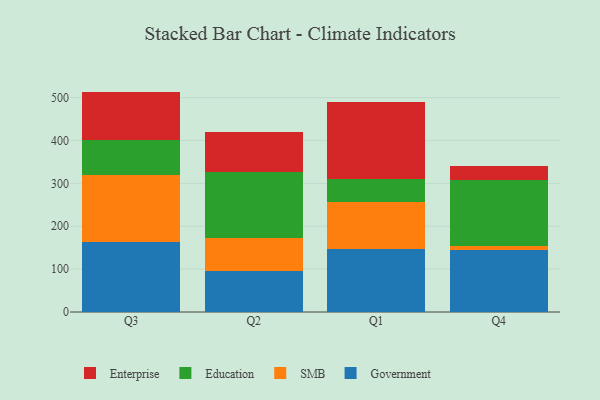
{"axis": {"x": "Quarter", "y": "Customer Acquisition Cost (USD)"}, "legend": ["Education", "Enterprise", "Government", "SMB"], "data": [{"x": "Q3", "y": 163.9, "type": "Government"}, {"x": "Q3", "y": 155.1, "type": "SMB"}, {"x": "Q3", "y": 82.1, "type": "Education"}, {"x": "Q3", "y": 112.9, "type": "Enterprise"}, {"x": "Q2", "y": 95.0, "type": "Government"}, {"x": "Q2", "y": 77.9, "type": "SMB"}, {"x": "Q2", "y": 153.1, "type": "Education"}, {"x": "Q2", "y": 94.7, "type": "Enterprise"}, {"x": "Q1", "y": 146.4, "type": "Government"}, {"x": "Q1", "y": 110.7, "type": "SMB"}, {"x": "Q1", "y": 53.9, "type": "Education"}, {"x": "Q1", "y": 179.2, "type": "Enterprise"}, {"x": "Q4", "y": 144.6, "type": "Government"}, {"x": "Q4", "y": 10.2, "type": "SMB"}, {"x": "Q4", "y": 153.1, "type": "Education"}, {"x": "Q4", "y": 33.3, "type": "Enterprise"}]}